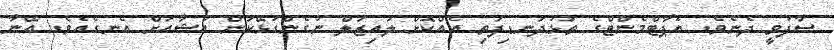
ސާފުވީ ދެނެވެ. އެޕާޓްމެންޓްގެ ތަޅުދަނޑިފަތި އެއްކޮށް ލައިޒަލް ނުގެންގުޅޭކަން އުޝާއަށް އެނގެއެވެ. އޭނާ